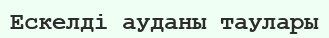
Ескелді ауданы таулары